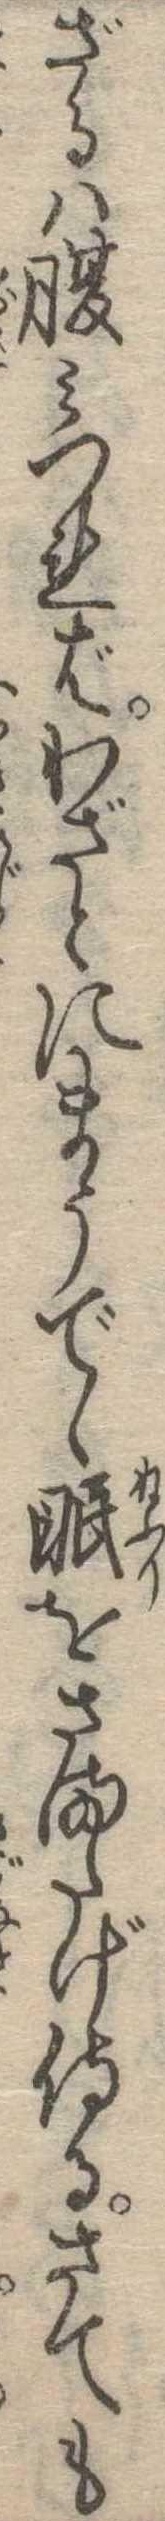
ざるは腹みつればわざとにまうでゝ眠をさまたげ侍るさても